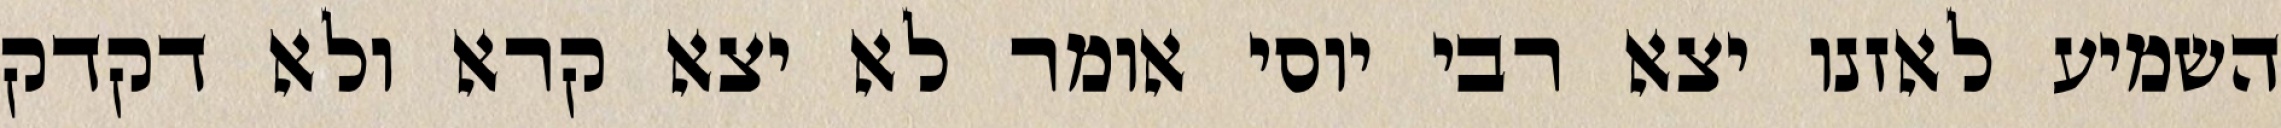
השמיע לאזנו יצא רבי יוסי אומר לא יצא קרא ולא דקדק